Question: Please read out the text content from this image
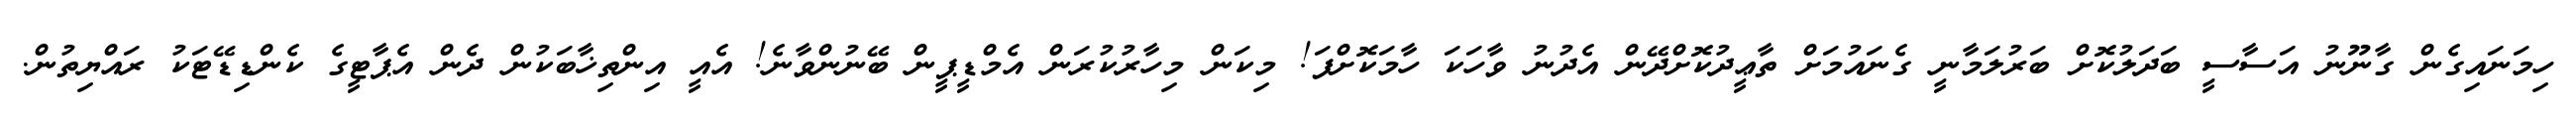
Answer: ހިމަނައިގެން ގާނޫނު އަސާސީ ބަދަލުކޮށް ބަރުލަމާނީ ގެނައުމަށް ތާޢީދުކޮށްދޭން އެދުނު ވާހަކަ ހާމަކޮށްފަ! މިކަން މިހާރުކުރަން އެމްޑީޕީން ބޭނުންވާނެ! އެއީ އިންތިޚާބަކުން ދެން އެޕާޓީގެ ކެންޑިޑޭޓަކު ރައްޔިތުން.